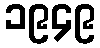
၁၉၄၉